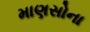
માણસોના